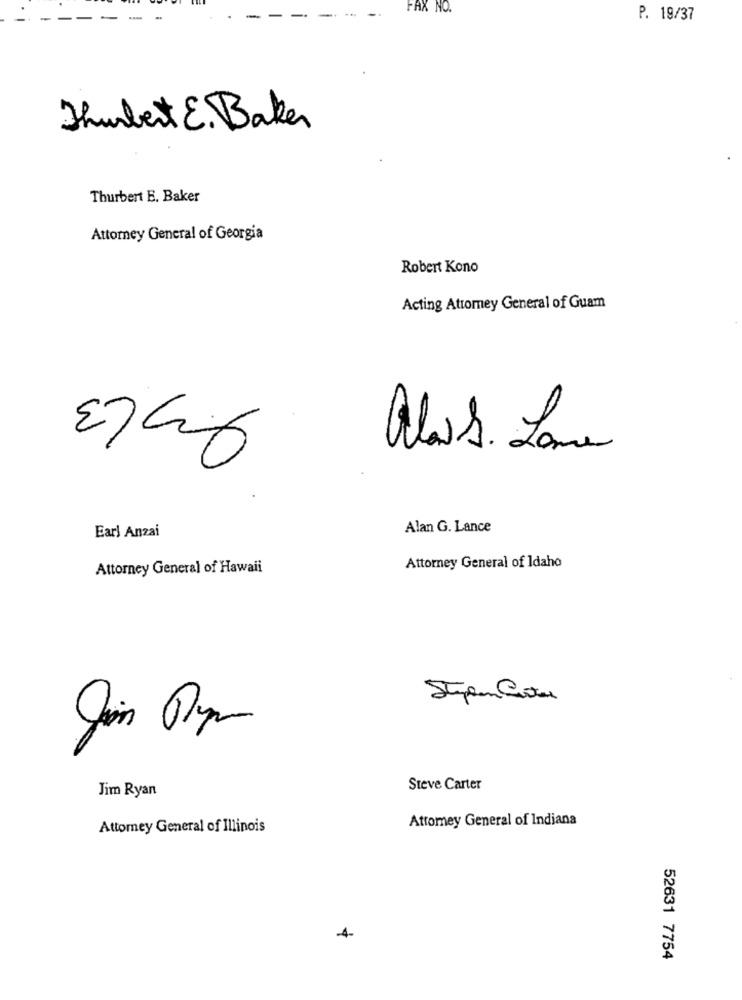
FAX NO.
-
P. 19/37
Thurbert E. Baker
Thurbert E. Baker
Attorney General of Georgia
Robert Kono
Acting Attorney General of Guam
alors. Lame
Alan G. Lance
Earl Anzai
Attorney General of Hawaii
Attorney General of Idaho
Stipen Curtas
Jim Ryan
Steve Carter
Attorney General of Indiana
Attorney General of Illinois
52631 7754